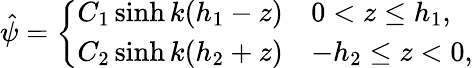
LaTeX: \begin{array}{r}{\hat{\psi}=\left\{ \begin{array}{ll}{C_{1}\sinh{k(h_{1}-z)}}&{0<z\le h_{1},}\\ {C_{2}\sinh{k(h_{2}+z)}}&{-h_{2}\le z<0,}\end{array}\right.}\end{array}